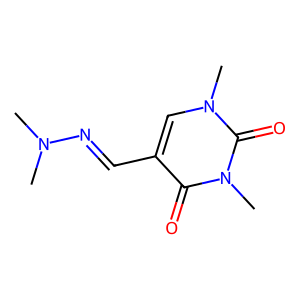
SMILES: CN(C)N=Cc1cn(C)c(=O)n(C)c1=O
Inhibits HIV replication: No